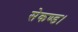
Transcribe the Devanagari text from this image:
सेकण्ड।